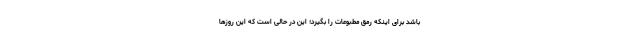
باشد برای اینکه رمق مطبوعات را بگیرد؛ این در حالی است که این روزها